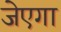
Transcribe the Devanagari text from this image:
जेएगा